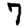
Digit: 7